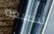
لنضيعه